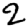
Digit: 2